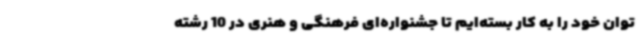
توان خود را به کار بسته‌ایم تا جشنواره‌ای فرهنگی و هنری در 10 رشته